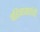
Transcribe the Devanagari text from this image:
बहिनाबाईची